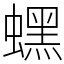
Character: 蟔